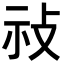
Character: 𢼗